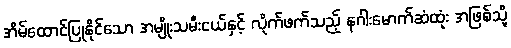
အိမ်ထောင်ပြုနိုင်သော အမျိုးသမီးငယ်နှင့် လိုက်ဖက်သည့် နဂါးမောက်ဆံထုံး အဖြစ်သို့